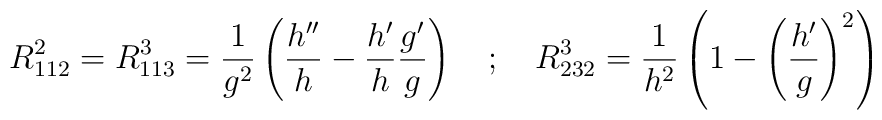
R^{2}_{112} = R^{3}_{113} = \frac{1}{g^{2}}\left ( \frac{h''}{h} -\frac{h'}{h}\frac{g'}{g} \right ) \quad ; \quad R^{3}_{232} = \frac{1}{h^{2}} \left ( 1 - \left (\frac{h'}{g} \right )^{2} \right )